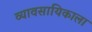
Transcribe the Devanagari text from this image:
व्यावसायिकाला